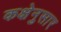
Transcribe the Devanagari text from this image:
कक्षेनुसार